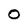
Character: O